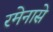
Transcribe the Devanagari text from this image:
रमेनासे